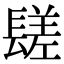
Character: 𨲠